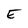
Character: E